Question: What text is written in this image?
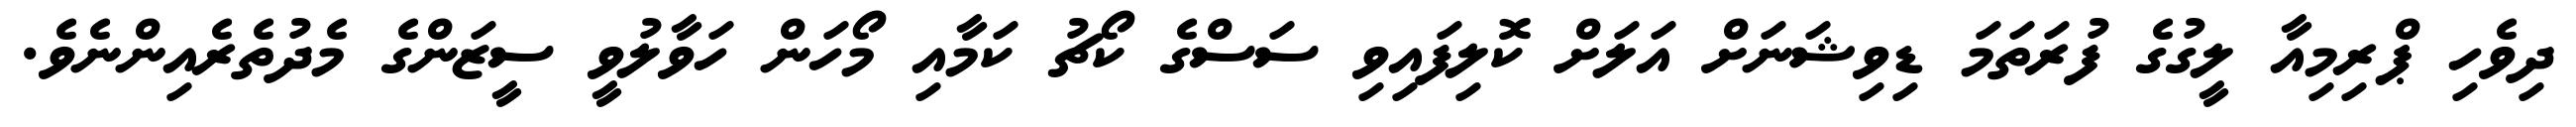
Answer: ދިވެހި ޕްރިމިއާ ލީގުގެ ފުރަތަމަ ޑިވިޝަނަށް އަލަށް ކޮލިފައިވި ސަސްގެ ކޯޗު ކަމާއި މޯހަން ހަވާލުވީ ސީޒަންގެ މެދުތެރެއިންނެވެ.